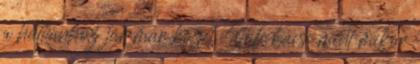
a hatvanhoz jár már közel Stofi bácsi mint mikor